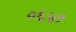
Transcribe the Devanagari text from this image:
०६५१